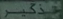
\overline{{53}}^{\